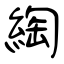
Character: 綯